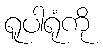
ရူပါရုံကို